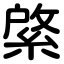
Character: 綮